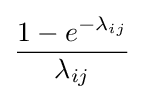
{\frac {1-e^{-\lambda _{ij}}}{\lambda _{ij}}}